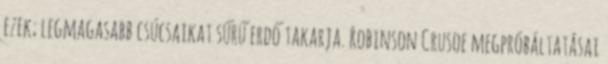
ezek; legmagasabb csúcsaikat sűrű erdő takarja. Robinson Crusoe megpróbáltatásai